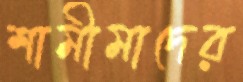
শামীমাদের